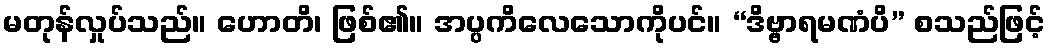
မတုန်လှုပ်သည်။ ဟောတိ၊ ဖြစ်၏။ အပ္ပကိလေသောကိုပင်။ “ဒိဗ္ဗာရမဏံပိ” စသည်ဖြင့်